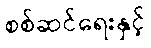
စစ်ဆင်ရေးနှင့်